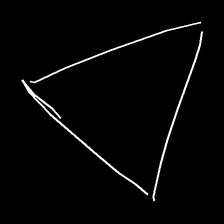
Glyph: convergence